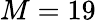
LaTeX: M=19